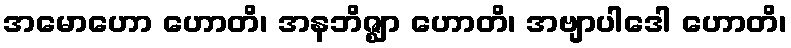
အမောဟော ဟောတိ၊ အနဘိဇ္ဈာ ဟောတိ၊ အဗျာပါဒေါ ဟောတိ၊